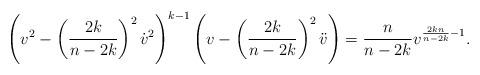
LaTeX: \begin{align*}\left(v^2-\left(\frac{2k}{n-2k}\right)^2\dot{v}^2\right)^{k-1}\left(v-\left( \frac{2k}{n-2k}\right)^2\ddot{v}\right)=\frac{n}{n-2k}v^{\frac{2kn}{n-2k}-1}.\end{align*}